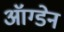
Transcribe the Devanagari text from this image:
ऑग्डेन